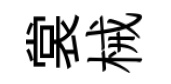
裳械